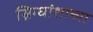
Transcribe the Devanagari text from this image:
स्निग्धांशाच्या